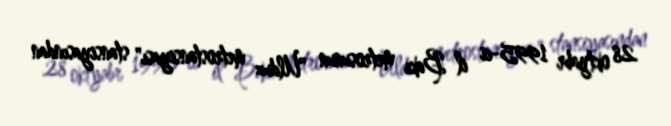
28 oktyabr 1995-ci il Bakı metrosunun "Ulduz metrostansiyası" stansiyasından